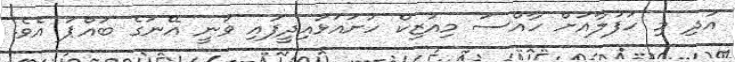
އަދި މި ހަފުލާއަށް ހާއްސަ މިއުޒިކް ހުށައަޅައިދީފައި ވަނީ އޭނަގެ ބައްޕަ އެވެ.